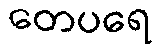
တေပရေ